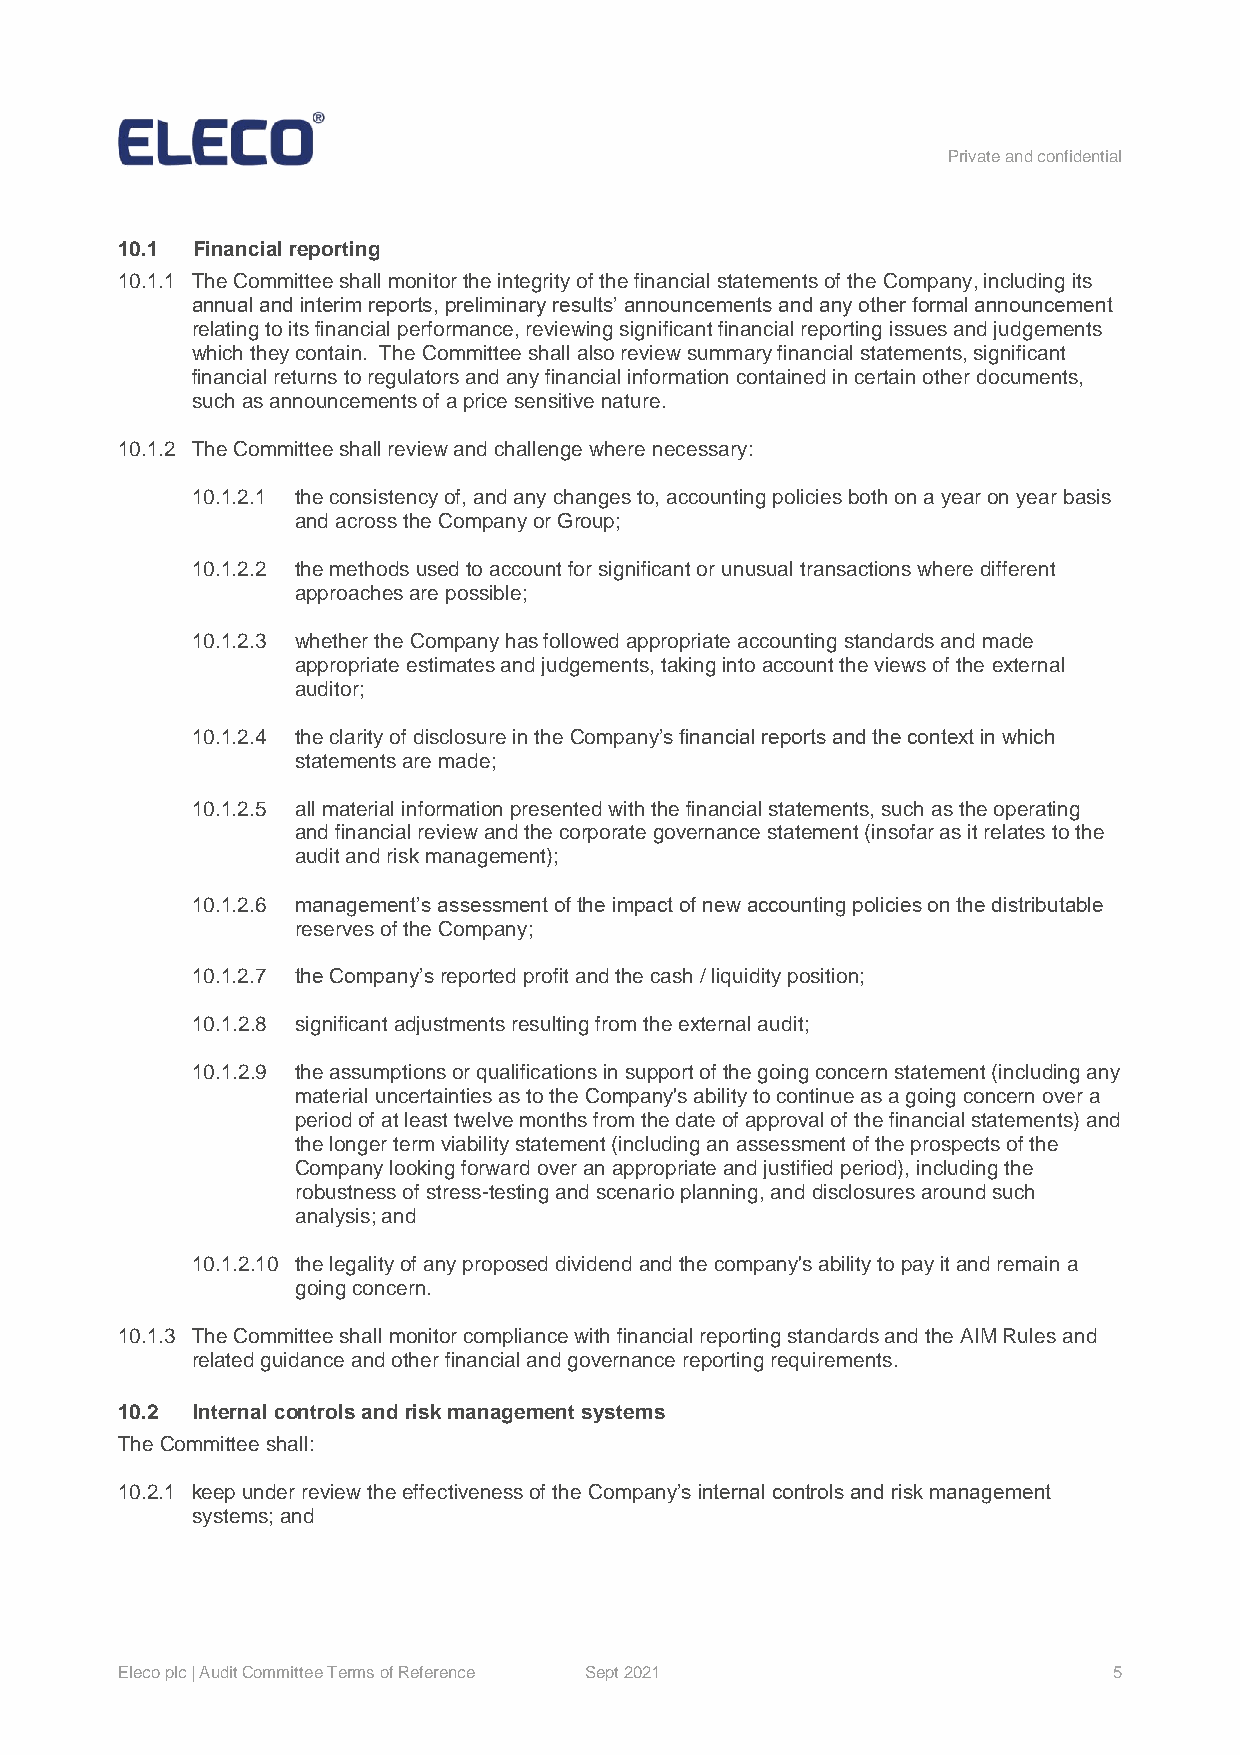
Private and confidential
 10.1 Financial reporting
 10.1.1 The Committee shall monitor the integrity of the financial statements of the Company, including its
 annual and interim reports, preliminary results’ announcements and any other formal announcement
 relating to its financial performance, reviewing significant financial reporting issues and judgements
 which they contain. The Committee shall also review summary financial statements, significant
 financial returns to regulators and any financial information contained in certain other documents,
 such as announcements of a price sensitive nature.
 10.1.2 The Committee shall review and challenge where necessary:
 10.1.2.1 the consistency of, and any changes to, accounting policies both on a year on year basis
 and across the Company or Group;
 10.1.2.2 the methods used to account for significant or unusual transactions where different
 approaches are possible;
 10.1.2.3 whether the Company has followed appropriate accounting standards and made
 appropriate estimates and judgements, taking into account the views of the external
 auditor;
 10.1.2.4 the clarity of disclosure in the Company’s financial reports and the context in which
 statements are made;
 10.1.2.5 all material information presented with the financial statements, such as the operating
 and financial review and the corporate governance statement (insofar as it relates to the
 audit and risk management);
 10.1.2.6 management’s assessment of the impact of new accounting policies on the distributable
 reserves of the Company;
 10.1.2.7 the Company’s reported profit and the cash / liquidity position;
 10.1.2.8 significant adjustments resulting from the external audit;
 10.1.2.9 the assumptions or qualifications in support of the going concern statement (including any
 material uncertainties as to the Company's ability to continue as a going concern over a
 period of at least twelve months from the date of approval of the financial statements) and
 the longer term viability statement (including an assessment of the prospects of the
 Company looking forward over an appropriate and justified period), including the
 robustness of stress-testing and scenario planning, and disclosures around such
 analysis; and
 10.1.2.10 the legality of any proposed dividend and the company's ability to pay it and remain a
 going concern.
 10.1.3 The Committee shall monitor compliance with financial reporting standards and the AIM Rules and
 related guidance and other financial and governance reporting requirements.
 10.2 Internal controls and risk management systems
 The Committee shall:
 10.2.1 keep under review the effectiveness of the Company’s internal controls and risk management
 systems; and
 Eleco plc | Audit Committee Terms of Reference Sept 2021          5